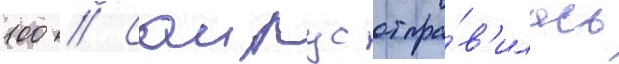
100 // Саирус отпра́в'илась